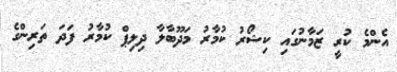
އެންމެ ކުރީ ޒަމާނުގައި ކިޝޯރު ކުމާރު މަދޫބާލާ ދިލިޕް ކުމާރު ފަދަ ތަރިންގެ